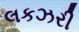
લકઝરી